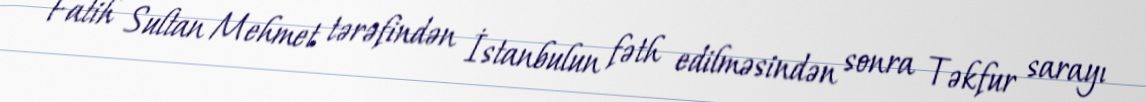
Fatih Sultan Mehmet tərəfindən İstanbulun fəth edilməsindən sonra Təkfur sarayı